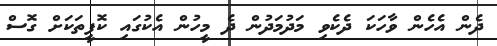
ދެން އެހެން ވާހަކަ ދެކެވި މަދުމަދުން ދެ މީހުން އެކުގައި ކޮފީތަކަށް ގޮސް